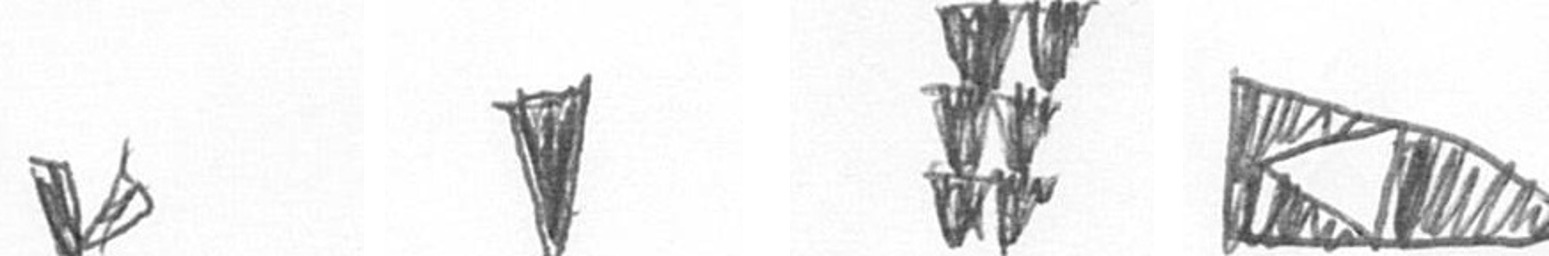
F J Y K